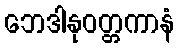
ဘေဒါနုဝတ္တကာနံ